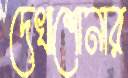
দেখাশোনার